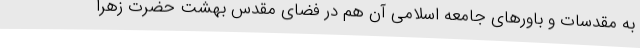
به مقدسات و باورهای جامعه اسلامی آن هم در فضای مقدس بهشت حضرت زهرا